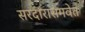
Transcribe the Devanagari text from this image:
सरदारासमवेत